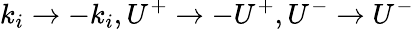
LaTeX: k_{i}\to-k_{i},U^{+}\to-U^{+},U^{-}\to U^{-}